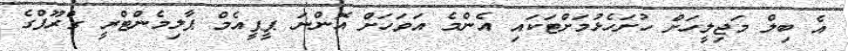
އެ ބިލް މަޖިލީހަށް ހުށަހެޅުމަށްޓަކައި އެންމެ އަވަހަށް އޮންނަ ޕީޕީއެމް ޕާލިމެންޓްރީ ގްރޫޕްގެ